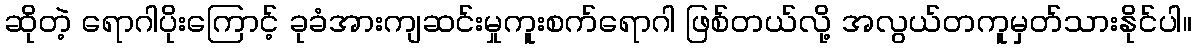
ဆိုတဲ့ ရောဂါပိုးကြောင့် ခုခံအားကျဆင်းမှုကူးစက်ရောဂါ ဖြစ်တယ်လို့ အလွယ်တကူမှတ်သားနိုင်ပါ။